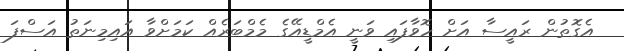
އެގޮތުން ރައީސާ އަށް ހޮވާފައި ވަނީ އެމްޑީއޭގެ މެމްބަރެއް ކަމަށްވާ އައިމިނަތު އަސްފަ